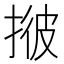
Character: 𢯏